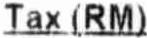
TAX (RM)